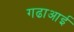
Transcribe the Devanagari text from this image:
गढाआई